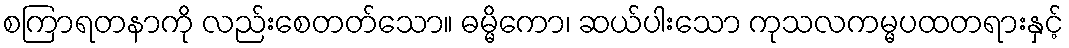
စကြာရတနာကို လည်းစေတတ်သော။ ဓမ္မိကော၊ ဆယ်ပါးသော ကုသလကမ္မပထတရားနှင့်